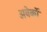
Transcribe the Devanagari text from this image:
अबेकों